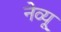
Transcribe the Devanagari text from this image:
नेव्यू